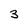
Character: 3